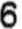
6